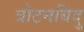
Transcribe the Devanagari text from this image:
त्रोटनबिंदु